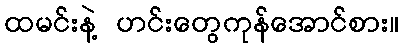
ထမင်းနဲ့ ဟင်းတွေကုန်အောင်စား။